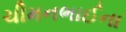
ચીમનભાઈના